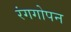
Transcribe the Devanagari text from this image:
रंगगोपन